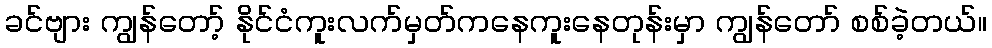
ခင်ဗျား ကျွန်တော့် နိုင်ငံကူးလက်မှတ်ကနေကူးနေတုန်းမှာ ကျွန်တော် စစ်ခဲ့တယ်။